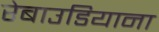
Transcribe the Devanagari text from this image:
रेबाउडियाना